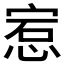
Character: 𪬅